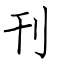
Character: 刊